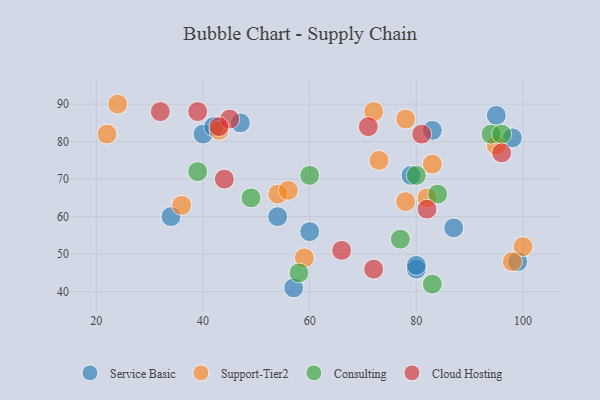
{"axis": {"x": "GDP", "y": "Life Expectancy"}, "legend": ["Cloud Hosting", "Consulting", "Service Basic", "Support-Tier2"], "data": [{"x": "40", "y": 82, "type": "Service Basic"}, {"x": "99", "y": 48, "type": "Service Basic"}, {"x": "42", "y": 84, "type": "Service Basic"}, {"x": "57", "y": 41, "type": "Service Basic"}, {"x": "60", "y": 56, "type": "Service Basic"}, {"x": "83", "y": 83, "type": "Service Basic"}, {"x": "54", "y": 60, "type": "Service Basic"}, {"x": "87", "y": 57, "type": "Service Basic"}, {"x": "98", "y": 81, "type": "Service Basic"}, {"x": "80", "y": 46, "type": "Service Basic"}, {"x": "80", "y": 47, "type": "Service Basic"}, {"x": "95", "y": 87, "type": "Service Basic"}, {"x": "79", "y": 71, "type": "Service Basic"}, {"x": "47", "y": 85, "type": "Service Basic"}, {"x": "34", "y": 60, "type": "Service Basic"}, {"x": "95", "y": 79, "type": "Support-Tier2"}, {"x": "43", "y": 83, "type": "Support-Tier2"}, {"x": "100", "y": 52, "type": "Support-Tier2"}, {"x": "36", "y": 63, "type": "Support-Tier2"}, {"x": "73", "y": 75, "type": "Support-Tier2"}, {"x": "83", "y": 74, "type": "Support-Tier2"}, {"x": "24", "y": 90, "type": "Support-Tier2"}, {"x": "78", "y": 86, "type": "Support-Tier2"}, {"x": "54", "y": 66, "type": "Support-Tier2"}, {"x": "98", "y": 48, "type": "Support-Tier2"}, {"x": "82", "y": 65, "type": "Support-Tier2"}, {"x": "78", "y": 64, "type": "Support-Tier2"}, {"x": "22", "y": 82, "type": "Support-Tier2"}, {"x": "56", "y": 67, "type": "Support-Tier2"}, {"x": "72", "y": 88, "type": "Support-Tier2"}, {"x": "59", "y": 49, "type": "Support-Tier2"}, {"x": "84", "y": 66, "type": "Consulting"}, {"x": "83", "y": 42, "type": "Consulting"}, {"x": "94", "y": 82, "type": "Consulting"}, {"x": "58", "y": 45, "type": "Consulting"}, {"x": "96", "y": 82, "type": "Consulting"}, {"x": "60", "y": 71, "type": "Consulting"}, {"x": "77", "y": 54, "type": "Consulting"}, {"x": "80", "y": 71, "type": "Consulting"}, {"x": "49", "y": 65, "type": "Consulting"}, {"x": "39", "y": 72, "type": "Consulting"}, {"x": "72", "y": 46, "type": "Cloud Hosting"}, {"x": "66", "y": 51, "type": "Cloud Hosting"}, {"x": "71", "y": 84, "type": "Cloud Hosting"}, {"x": "96", "y": 77, "type": "Cloud Hosting"}, {"x": "44", "y": 70, "type": "Cloud Hosting"}, {"x": "45", "y": 86, "type": "Cloud Hosting"}, {"x": "81", "y": 82, "type": "Cloud Hosting"}, {"x": "39", "y": 88, "type": "Cloud Hosting"}, {"x": "43", "y": 84, "type": "Cloud Hosting"}, {"x": "82", "y": 62, "type": "Cloud Hosting"}, {"x": "32", "y": 88, "type": "Cloud Hosting"}]}